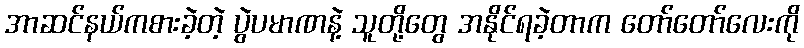
အာဆင်နယ်ကစားခဲ့တဲ့ ပွဲပမာဏနဲ့ သူတို့တွေ အနိုင်ရခဲ့တာက တော်တော်လေးကို